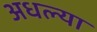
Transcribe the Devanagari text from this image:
अधल्या